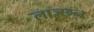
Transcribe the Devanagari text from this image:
लाञ्छन